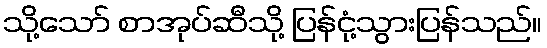
သို့သော် စာအုပ်ဆီသို့ ပြန်ငုံ့သွားပြန်သည်။